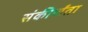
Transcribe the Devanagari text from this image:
संकीर्णंता